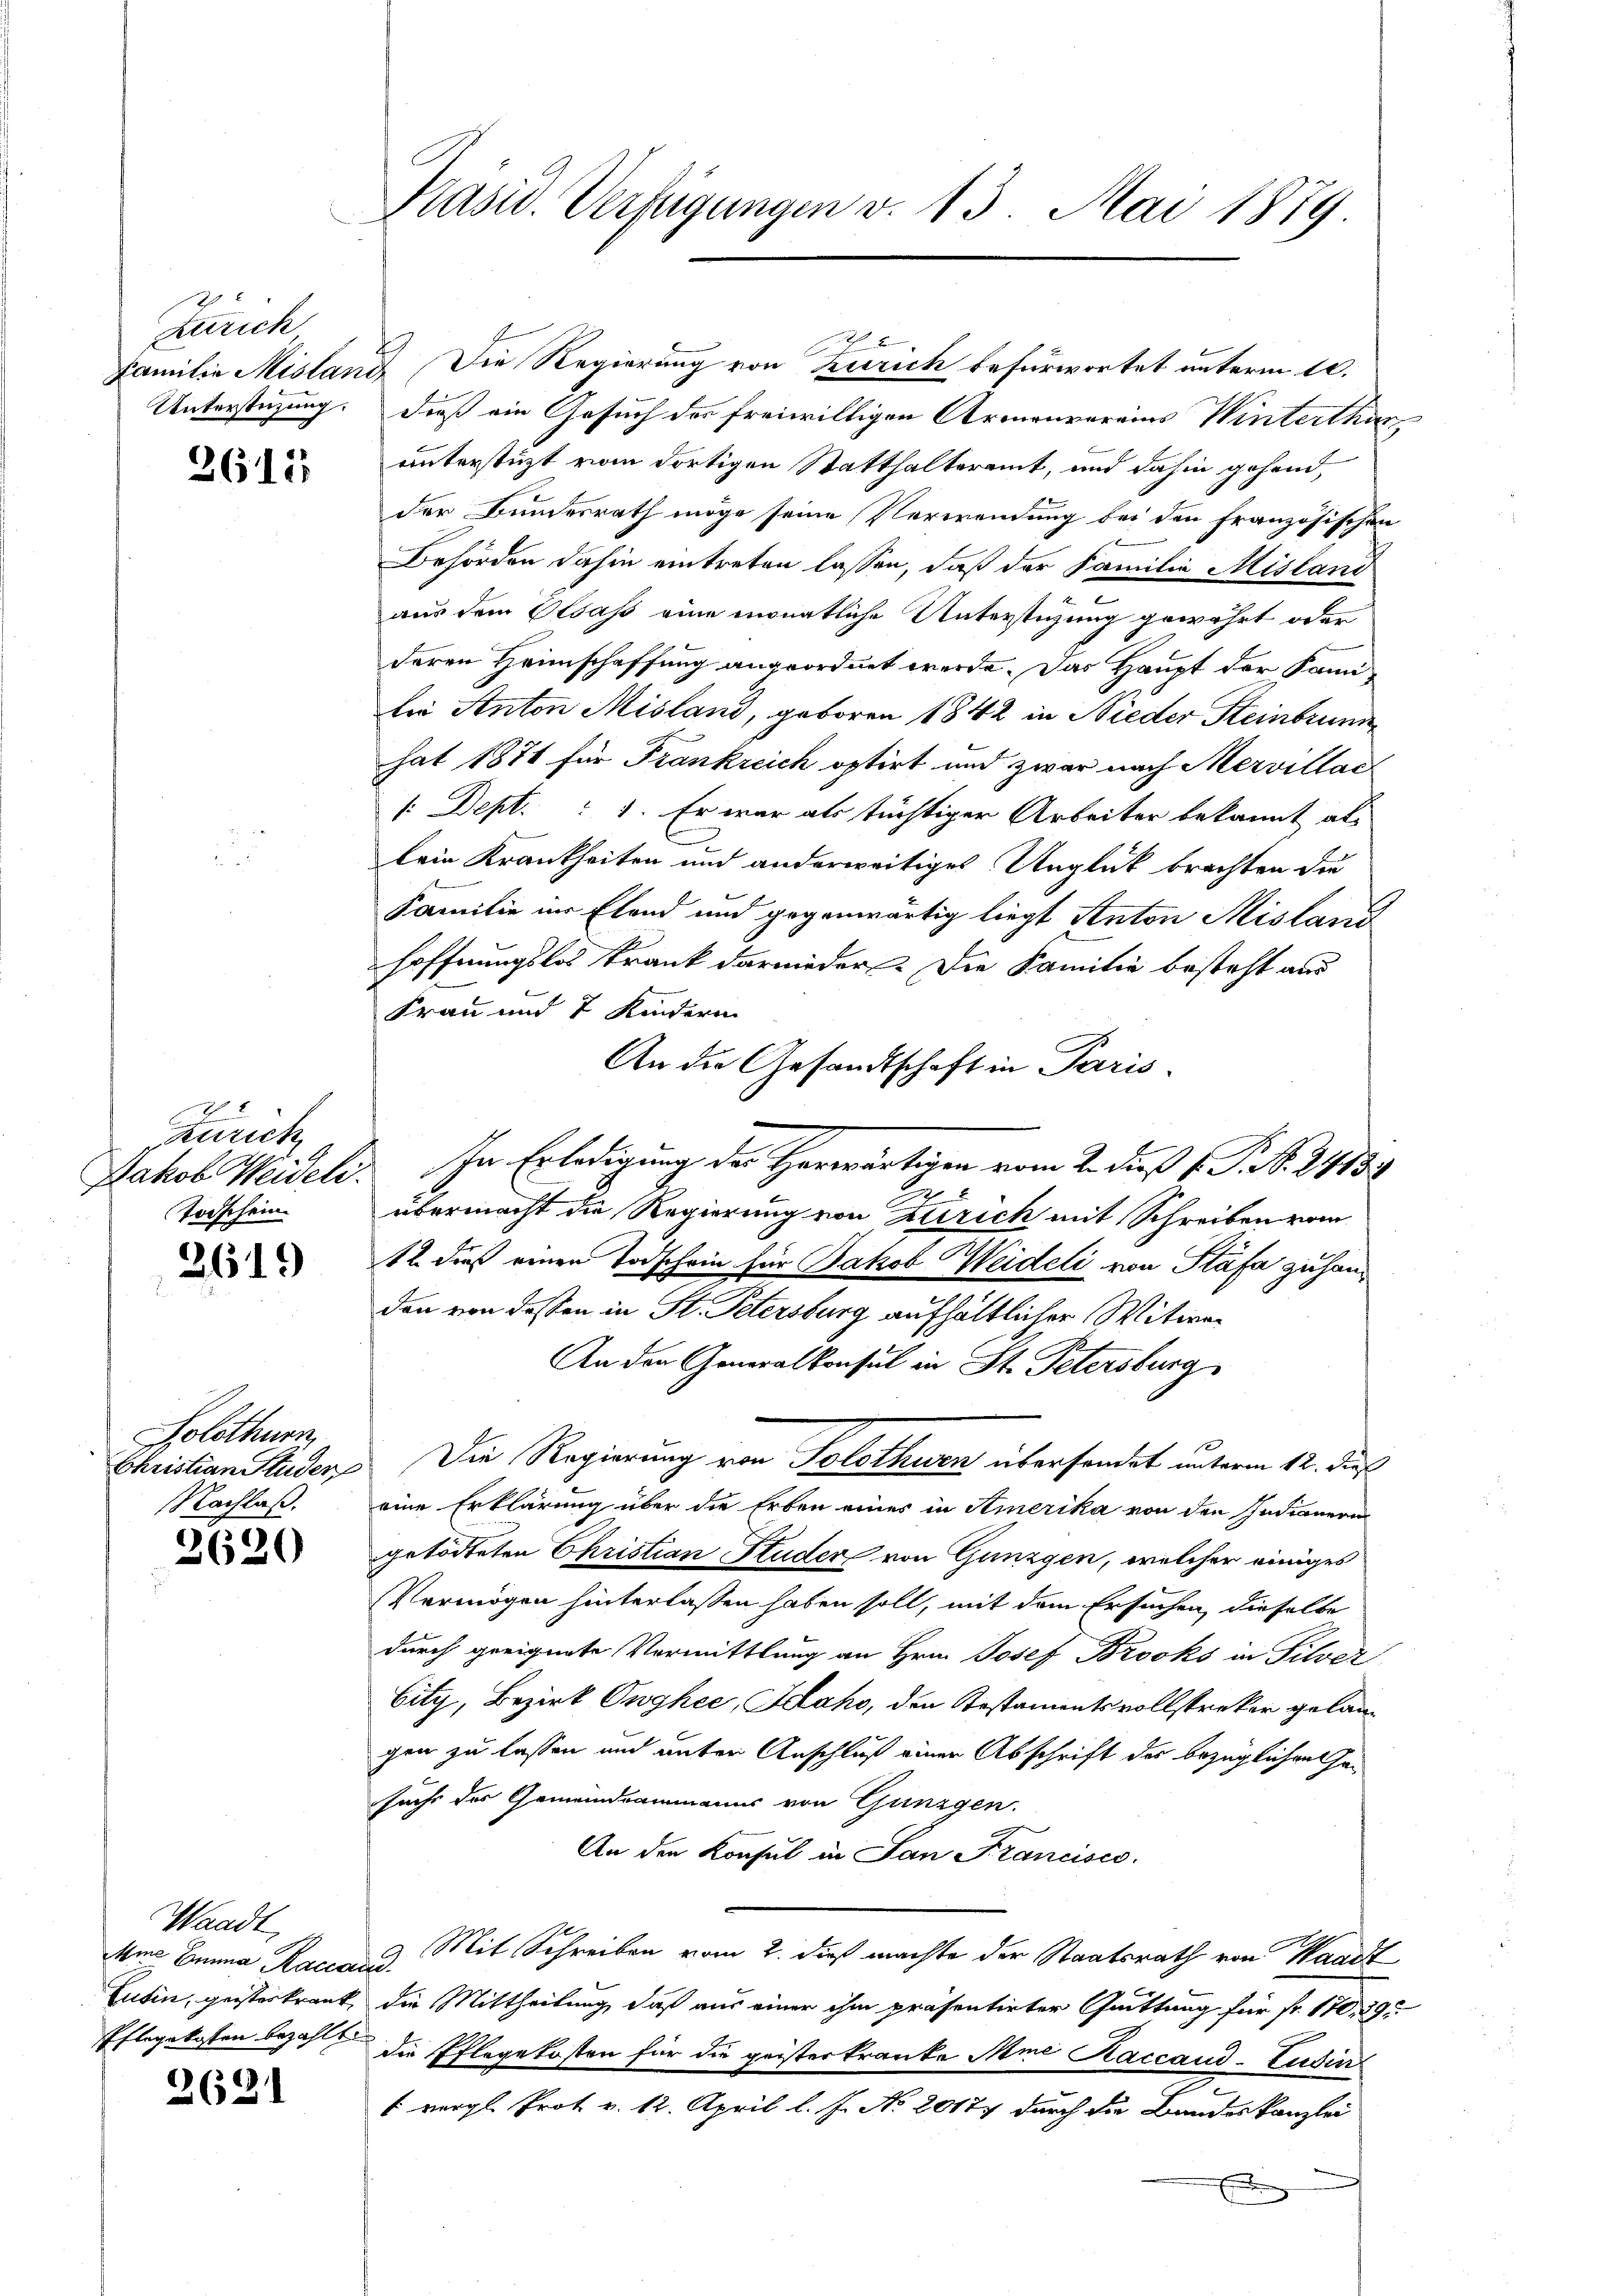
Zürich
Untersteizung.

2612

1
Zürich
Jakob Weideli.
Todschein

2619

Solothurn,
Christian Studer
Nachlaß.

3620

Waadt,
Ame Emma Racese
Eutin, geisterkrank,
Pflegekosten bezahlt.

2621

Präsid. Verfügungen v. 13. Mai 1879

Familie Misland Die Regierung von Zürich befürwortet unterm 10.
dieß ein Gesuch des freiwilligen Armenvereins Winterthan
unterstüzt vom dortigen Statthalteramt, und dahin gehend,
der Bundesrath möge seine Verwendung bei den französischen
Behörden dahin eintreten lassen, daß der Familie Mistand
.
aus dem Elsass eine monatliche Unterstüzung gewährt oder
deren Heimschaffung angeordnet werde. Das Haupt der Kann
Die Anton Misland, geboren 1842 in Nieder Steinbrunn
hat 1871 für Frankreich optirt und zwar nach Mervillai
[Dept. 1. Er war als tüchtiger Arbeiter bekannt als
lein Krankheiten und anderweitiges Unglück brachten der
Familie im Elend und gegenwärtig liegt Anton Misland
Hoffnungslos krank darnieder Die Familie besteht aus
Frau und 2 Kindern
An die Gesandtschaft in Paris
In Erledigung der Herwärtigen vom 2. dieß (N. N. 21133

übermacht die Regierung von Zürich mit Schreiben vom
12. dieß einen Todschein für Jakob Weideli von Stäfa zu handon von dessen in St. Petersburg aufhältlicher Witwe
An den Generalkonsul in St. Petersburg
Die Regierung von Solothurn übersandet unterm 12. dieß
eine Erklärung über die Erben eines in Amerika von den Indianern
getödteten Christian Studer von Gunzgen, welcher einiges
Vermögen hinterlassen haben soll, mit dem Ersuchen, dieselbe
durch geeignete Vermittlung an Hrn. Josef Brooks in Silver
bity, Bezirk Onghee, Sclaho, den Restamentsvollstreker gelangen zu lassen und unter Anschluß einer Abschrift der bezüglichen Gesuche des Gemeindeammanns von Günzgen.
An den Konsul in San Francisco
9. Mit Schreiben vom 2. dieß machte der Staatsrath von Waadt
die Mittheilung, daß aus einer ihm präsentirter Quittung für fr. 170. 29.
die Pflegekosten für die geisterkranke Mine Raccaud-Ludin
1 vergl. Prot. v. 12. April l. J. No 20177 durch die Bandeskanzlei